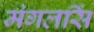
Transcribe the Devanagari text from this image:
मंगलसिं